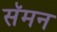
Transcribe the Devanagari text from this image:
सॅमन